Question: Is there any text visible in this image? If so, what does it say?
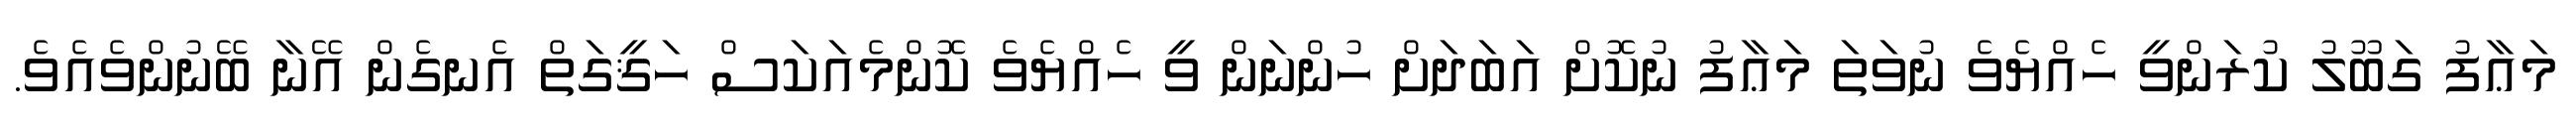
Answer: މަޢާފު ގަބޫލު ކުރަންވީ ހެއްޔެވެ ނުވަތަ މަޢާފު ނުކޮށް އަބަދަށް ހުންނަން ވީ ހެއްޔެވެ ކޮންމެއަކަސް ހަޤީގަތް އެނގެން އޭނާ ބޭނުންވެއެވެ.